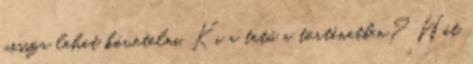
vissza lehet követelni. Ki a tetű a történetben? Hát